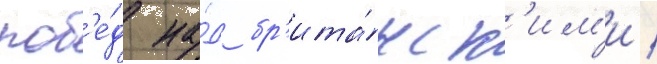
поб'е́д на́д бр'ита́нск'им'и /